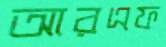
আরএফ